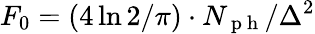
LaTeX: F_{0}=(4\ln 2/\pi)\cdot N_{\mathrm{~p~h~}}/\Delta^{2}